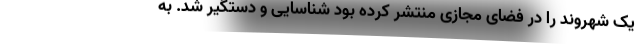
یک شهروند را در فضای مجازی منتشر کرده بود شناسایی و دستگیر شد. به